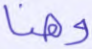
وهنا